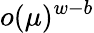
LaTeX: o(\mu)^{w-b}